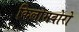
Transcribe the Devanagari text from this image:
किलोमबोरो